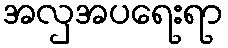
အလှအပရေးရာ